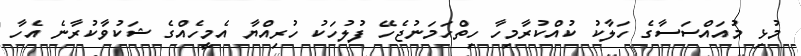
މުޅި މުއައްސަސާގެ ހަލާކު ކުއްކުރާމިހާ ހިތްހަމަނުޖެހޭ ފުލުހަކު ހުރިއްޔާ އެމީހެއްގެ ޝަކުވާކުރާނެ އެހާ